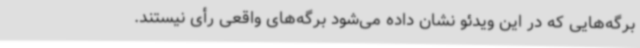
برگه‌هایی که در این ویدئو نشان داده می‌شود برگه‌های واقعی رأی نیستند.